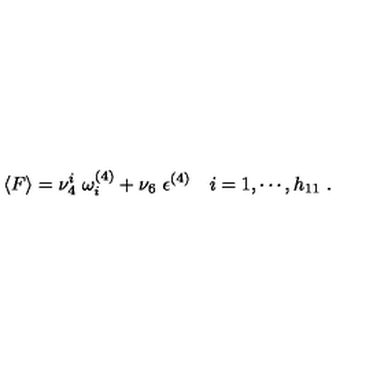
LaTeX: \langle F \rangle = \nu _ { 4 } ^ { i } \ \omega _ { i } ^ { ( 4 ) } + \nu _ { 6 } \ { \epsilon } ^ { ( 4 ) } \quad i = 1 , \cdots , h _ { 1 1 } \ .